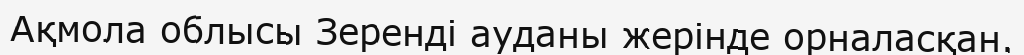
Ақмола облысы Зеренді ауданы жерінде орналасқан.